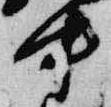
中